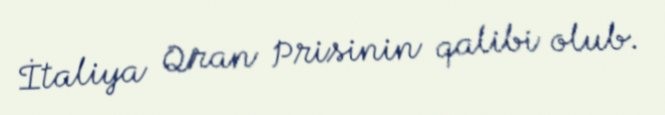
İtaliya Qran Prisinin qalibi olub.